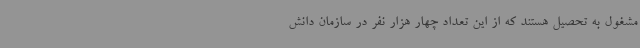
مشغول به تحصیل هستند که از این تعداد چهار هزار نفر در سازمان دانش